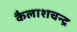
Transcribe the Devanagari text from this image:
कैलाशचन्द्र